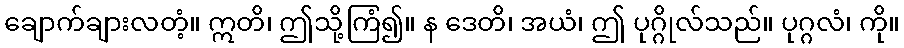
ချောက်ချားလတံ့။ ဣတိ၊ ဤသို့ကြံ၍။ န ဒေတိ၊ အယံ၊ ဤ ပုဂ္ဂိုလ်သည်။ ပုဂ္ဂလံ၊ ကို။